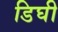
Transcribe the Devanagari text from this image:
डिघी